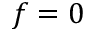
f = 0